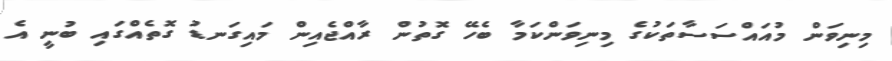
މިނިވަން މުއައްސަސާތަކުގެ މިނިވަންކަމާ ބެހޭ ގޮތުން ރާއްޖެއިން މައިގަނޑު ގޮތެއްގައި ބުނީ އެ